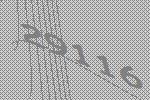
29116